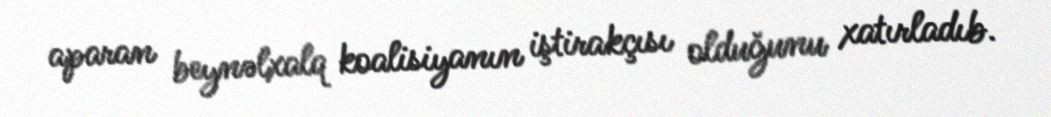
aparan beynəlxalq koalisiyanın iştirakçısı olduğunu xatırladıb.